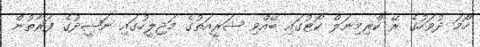
ހޯމަ ދުވަހުގެ ރޭ ކްރިމިނަލް ކޯޓުގައި ބޭއްވި ޝަރީއަތުގެ މަޖިލީހުގައި ނަޝީދުގެ ފަރާތުން